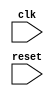
module clock(
  input clk,
  input reset
  );
  reg [3:0] counter_min2, counter_min1;//??counter
  reg [3:0] counter_hour2, counter_hour1;//??counter
  reg carry_hour,carry_mtoh,carry_min;//??
  //??
  always @(negedge clk)//clk????
  begin
    if(counter_min1 == 0)
      carry_min = 1;
    if(reset)//reset?counter????0
      {counter_hour2, counter_hour1,counter_min2,counter_min1} <= 0;
    else if(counter_min1 == 9)//??9?carry??0??counter_min2??
      carry_min <= 0;
    else//??clk??????
      counter_min1 <= counter_min1 + 1;
  end
  always @(negedge carry_min)//carry_min????
  begin
    if(counter_min2 == 0)//hour1????carry????????
      carry_mtoh = 1;
    if(counter_min2 == 5 && counter_min1 == 9)//??59????0
      {carry_mtoh,counter_min2,counter_min1} <= 0;
    else//??carry_min??????
      {counter_min2,counter_min1} <= {counter_min2 +1,4'd0};
  end
  //??
  always @(negedge carry_mtoh)//carry_mtoh????
  begin
    if(counter_hour1 == 0)//hour2????carry????????
      carry_hour = 1;
    if(counter_hour1 == 9)//??9?hour1?carry??0??counter_hour2??
      {carry_hour,counter_hour1} <= 0;
    else if(counter_hour2 == 2 && counter_hour1 == 3)//??23?hour??0
      {counter_hour2,counter_hour1} <= 0;
    else//??carry_mtoh??????
      counter_hour1 <= counter_hour1 + 1;
  end
  always @(negedge carry_hour)//carry_hour????
  begin
    //??carry_hour??????
    counter_hour2 <= counter_hour2 + 1;
  end
endmodule